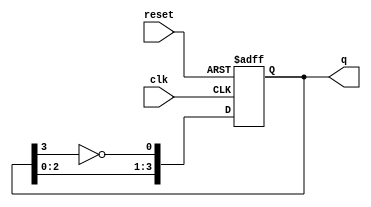
module johnson_counter #(
    parameter N = 4 // Number of flip-flops (stages)
) (
    input wire clk,      // Clock input
    input wire reset,    // Asynchronous reset
    output reg [N-1:0] q // Output state
);

    // Internal signal for feedback
    wire feedback;

    // Assign feedback as the inverted output of the last flip-flop
    assign feedback = ~q[N-1];

    // Sequential logic for the Johnson Counter
    always @(posedge clk or posedge reset) begin
        if (reset) begin
            // Initialize all flip-flops to 0 on reset
            q <= 0;
        end else begin
            // Shift the state based on feedback
            q <= {q[N-2:0], feedback};
        end
    end

endmodule